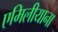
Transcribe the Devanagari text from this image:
एमिलीयाना